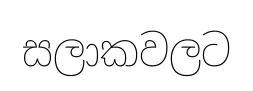
සලාකවලට